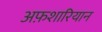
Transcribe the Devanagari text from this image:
अफ़शारियान